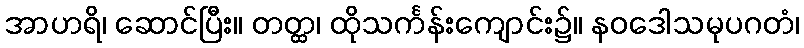
အာဟရိ၊ ဆောင်ပြီး။ တတ္ထ၊ ထိုသင်္ကန်းကျောင်း၌။ နဝဒေါသမုပဂတံ၊